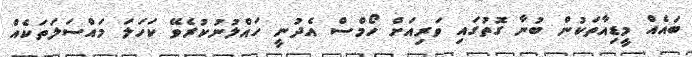
ބައެއް މީޑިއާތަކުން ބުނާ ގޮތުގައި ވަރިއަށް ހޯމްސް އެދުނީ ހައްލުނުކުރެވޭ ކަހަލަ މައްސަލަތަކެއް